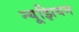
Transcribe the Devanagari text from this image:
न्यूझियम